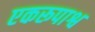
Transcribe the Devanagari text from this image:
एकरूपाश्व